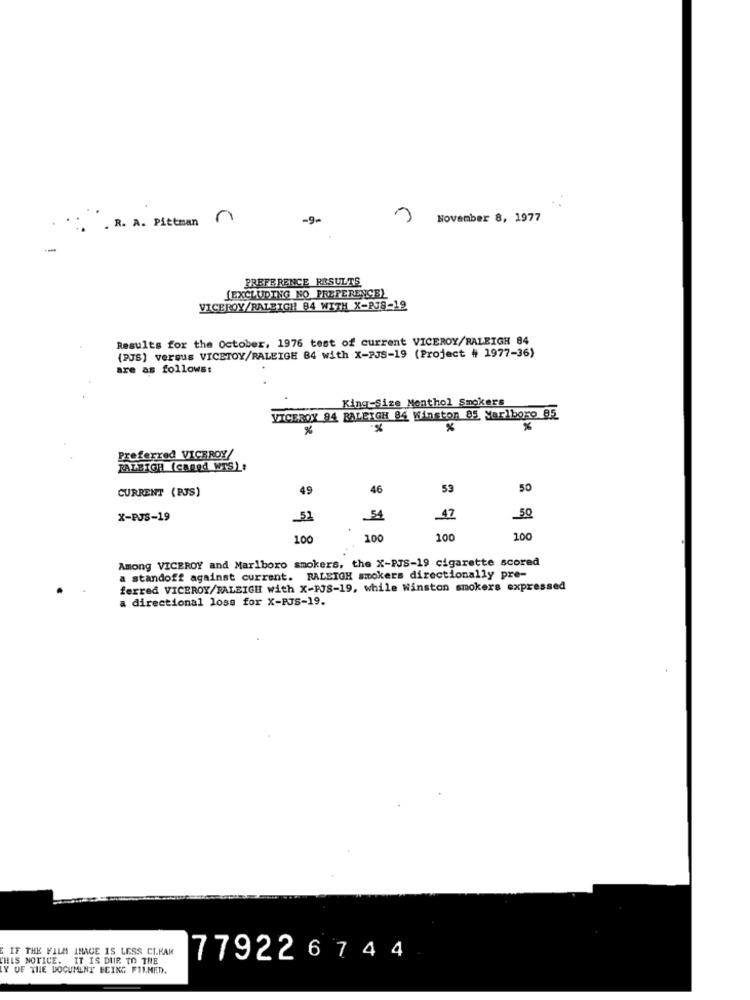
. R. A. Pittman
-9-
November 8, 1977
PREFERENCE RESULTS
[EXCLUDING NO PREFERENCE)
VICEROY/RALEIGH 84 WITH X-PJS-19
Results for the October, 1976 test of current VICEROY/RALEIGH 84
(PJS) versus VICETOY/RALEIGH 84 with X-PJS-19 (Project # 1977-36)
are as follows:
King-Size Monthol Smokers
VICEROY 94 RALEIGH 84 Winston 85 Marlboro 85
%
%
%
Preferred VICEROY/
RALEIGH (caged WTS):
CURRENT (PJS)
49
46
53
50
X-PJS-19
_51
54
-47
50
100
100
100
100
Among VICEROY and Marlboro smokers, the X-PJS-19 cigarette scored
a standoff against current. RALEIGH smokers directionally pre-
ferred VICEROY/RALEIGH with X-PJS-19, while Winston smokers expressed
a directional loss for X-PJS-19.
E IF THE FILM IMAGE IS LESS CL.KAR
THIS NOTICE. IT IS DIR TO THE
779226 744
Y OF THE DOCUMENT BEING FILMED.